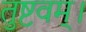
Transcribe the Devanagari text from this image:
तुष्टवम्।